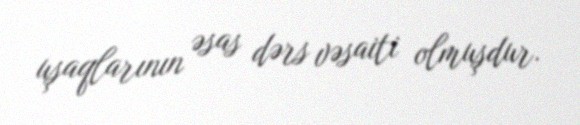
uşaqlarının əsas dərs vəsaiti olmuşdur.